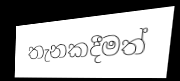
තැනකදීමත්